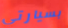
بسيارتي